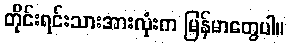
တိုင်းရင်းသားအားလုံးက မြန်မာတွေပါ။